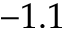
- 1 . 1